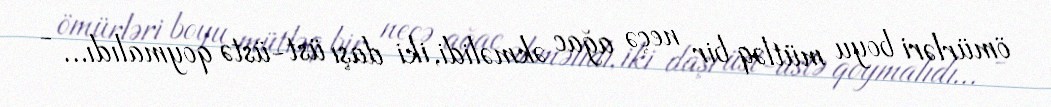
ömürləri boyu mütləq bir neçə ağac əkməlidi, iki daşı üst-üstə qoymalıdı… -